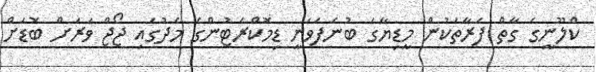
ކްލޫނީގެ ގާތް ފަރާތަކުން މީޑިޔާގަ ބުނެފަވަނީ ޑިމޮކްރެޓުންގެ މެދުގައި ޖޯޖް ވަރަށް ބޮޑަށް